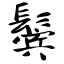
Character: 鬓